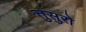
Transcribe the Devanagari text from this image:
त्तुसुरो